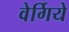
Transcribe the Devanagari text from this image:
वेर्गिये